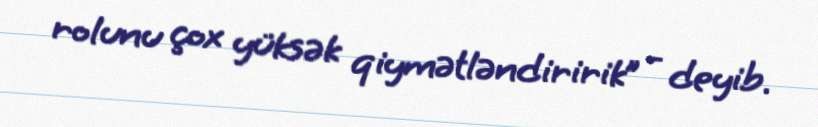
rolunu çox yüksək qiymətləndiririk” - deyib.